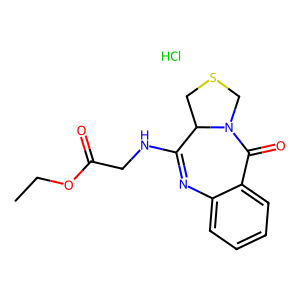
SMILES: CCOC(=O)CNC1=Nc2ccccc2C(=O)N2CSCC12.Cl
Inhibits HIV replication: No